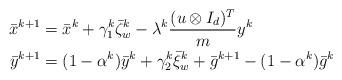
LaTeX: \begin{align*}\begin{aligned} \bar{x}^{k+1}&=\bar{x}^k+\gamma_1^k \bar{\zeta}_w^k-\lambda^k \frac{(u\otimes { I_d})^T}{m}y^k\\\bar{y}^{k+1}&=(1-\alpha^k)\bar{y}^k +\gamma_2^k \bar{\xi}_w^k+\bar{g}^{k+1}-(1-\alpha^k)\bar{g}^k\end{aligned}\end{align*}